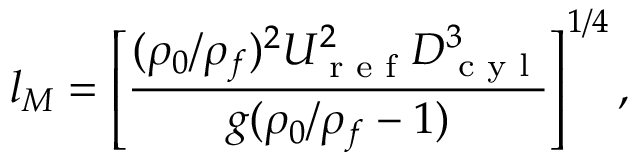
l _ { M } = \left[ \frac { ( \rho _ { 0 } / \rho _ { f } ) ^ { 2 } U _ { \textrm { r e f } } ^ { 2 } D _ { \textrm { c y l } } ^ { 3 } } { g ( \rho _ { 0 } / \rho _ { f } - 1 ) } \right] ^ { 1 / 4 } ,